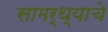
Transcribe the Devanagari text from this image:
सामर्थ्याचे